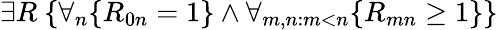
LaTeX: \exists R\ \{ \forall_{n}\{ R_{0n}=1\} \land\forall_{m,n:m<n}\{ R_{mn}\geq 1\} \}